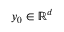
y _ { 0 } \in \mathbb { R } ^ { d }